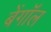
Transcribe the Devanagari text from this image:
बेंगॉल